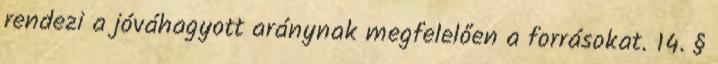
rendezi a jóváhagyott aránynak megfelelően a forrásokat. 14. §